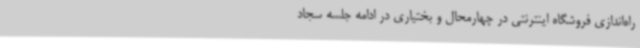
راه‌اندازی فروشگاه اینترنتی در چهارمحال و بختیاری در ادامه جلسه سجاد